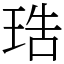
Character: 𤥢